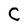
Character: C